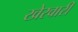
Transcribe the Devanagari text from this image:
खेरवारी